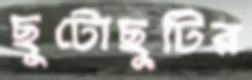
ছুটোছুটির